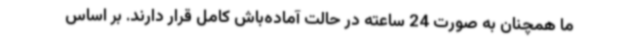
ما همچنان به صورت 24 ساعته در حالت آماده‌باش کامل قرار دارند. بر اساس